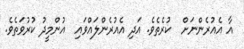
އާ އެއުރެންނަށް  ކުރެތެވެ. އަދި އެއުރެންލައްވައި  އުންމީދު ކުރުވަތެވެ.